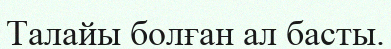
Талайы болған ал басты.